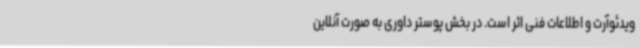
ویدئوآرت و اطلاعات فنی اثر است. در بخش پوستر داوری به صورت آنلاین